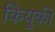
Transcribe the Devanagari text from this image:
कियुकी